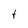
Character: f